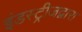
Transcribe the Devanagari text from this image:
इंडस्ट्रीजद्वारा